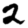
Digit: 2